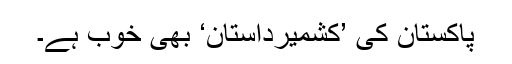
پاکستان کی ’کشمیرداستان‘ بھی خوب ہے۔